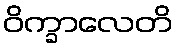
ဝိက္ခာလေတိ